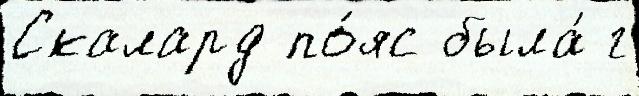
Скалард по́яс была́ г